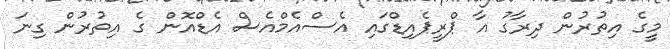
މީގެ އިތުރުން ދިރާގު އާ ޕްރީޕެއިޑްގައި އެސްއެމްއެސް އެޑްއޮން ގެ އިތުރުން ގިނަ